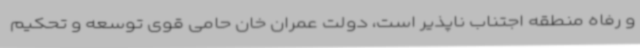
و رفاه منطقه اجتناب ناپذیر است، دولت عمران خان حامی قوی توسعه و تحکیم